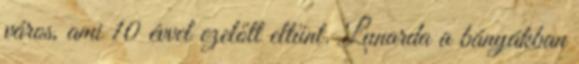
város, ami 10 évvel ezelőtt eltűnt. Lunarda a bányákban